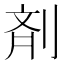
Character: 剤